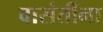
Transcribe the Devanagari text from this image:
वासंतींना